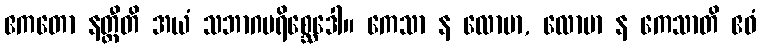
ဧကတော နတ္ထီတိ အယံ သဘာဂပရိစ္ဆေဒေါ။ ကေသာ န လောမာ, လောမာ န ကေသာတိ ဧဝံ